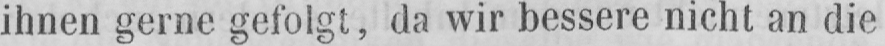
ihnen gerne gefolgt, da wir bessere nicht an die